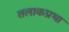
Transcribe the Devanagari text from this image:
तलाकप्रथा